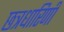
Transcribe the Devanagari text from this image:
छत्रधारिणी